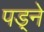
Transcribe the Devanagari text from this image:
पड़्ने